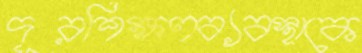
দূরশিক্ষণব্যবস্থাকে